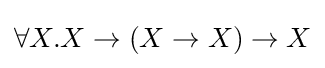
\forall X.X\to (X\to X)\to X